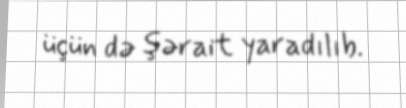
üçün də şərait yaradılıb.